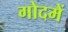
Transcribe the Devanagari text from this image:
गोदमें